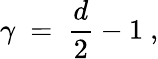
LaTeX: \gamma\ =\ \frac{d}{2}-1\ ,